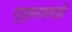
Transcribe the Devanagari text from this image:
प्रहसनासारखी